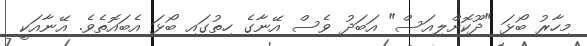
މިހާރު ބޯޅަ "ދޫކޮށްލިއަސް" އަބަދު ވެސް އޭނާގެ ހިތުގައި ބޯޅަ އެބައޮތެވެ. އޭނާއަކީ